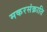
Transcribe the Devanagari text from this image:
मकरसंक्राति